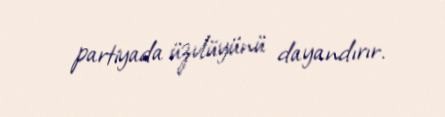
partiyada üzvlüyünü dayandırır.